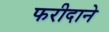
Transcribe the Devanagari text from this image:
फरीदाने